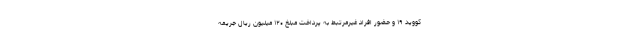
کووید ۱۹ و حضور افراد غیرمرتبط به پرداخت مبلغ ۱۲۰ میلیون ریال جریمه